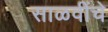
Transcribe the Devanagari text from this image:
साळवींचे